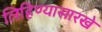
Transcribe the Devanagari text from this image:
लिहिण्यासारखे